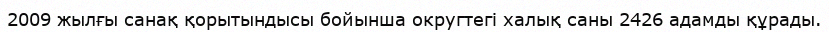
2009 жылғы санақ қорытындысы бойынша округтегі халық саны 2426 адамды құрады.